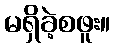
မရှိခဲ့စဖူး။